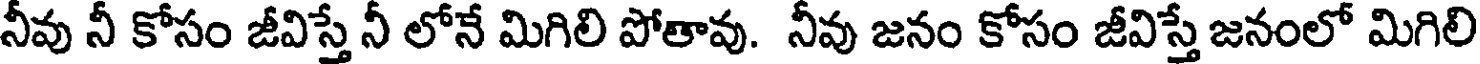
నీవు నీ కోసం జీవిస్తే నీ లోనే మిగిలి పోతావు. నీవు జనం కోసం జీవిస్తే జనంలో మిగిలి